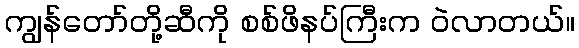
ကျွန်တော်တို့ဆီကို စစ်ဖိနပ်ကြီးက ဝဲလာတယ်။